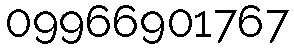
09966901767